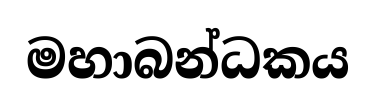
මහාබන්ධකය